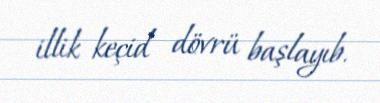
illik keçid dövrü başlayıb.